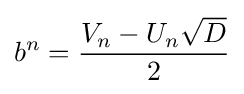
b^{n}={\frac {V_{n}-U_{n}{\sqrt {D}}}{2}}